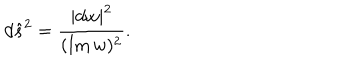
d { \hat { s } } ^ { 2 } = { \frac { | d w | ^ { 2 } } { ( \mathrm { I m } \, w ) ^ { 2 } } } .